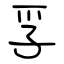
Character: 孚